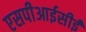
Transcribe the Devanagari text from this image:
एसपीआईसीई